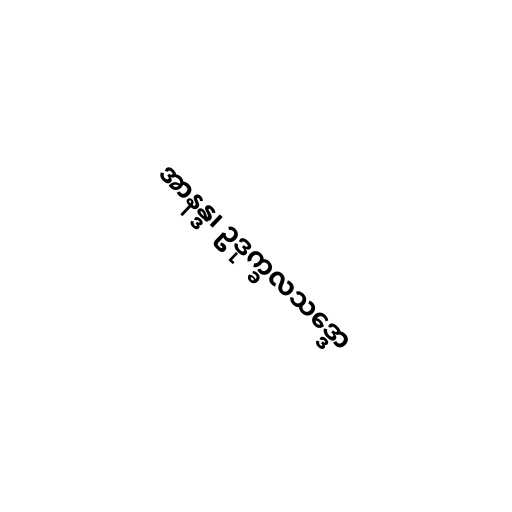
အာနန္ဒ၊ ဥဒုက္ခလသဒ္ဒော